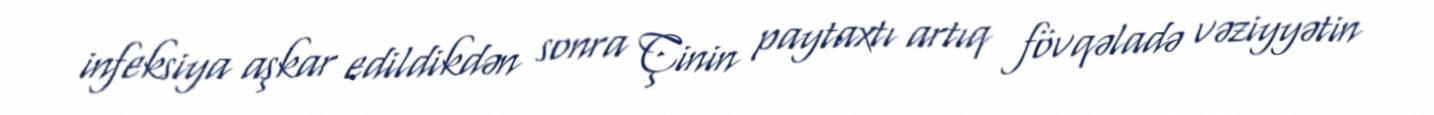
infeksiya aşkar edildikdən sonra Çinin paytaxtı artıq fövqəladə vəziyyətin